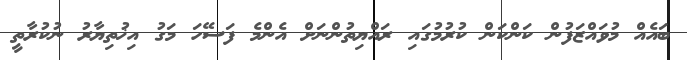
ބައެއް މުވައްޒަފުން ކަންކަން ކުރުމުގައި ރައްޔިތުންނަށް އެންމެ ފަސޭހަ މަގު އިޚުތިޔާރު ނުކުރާތީ